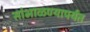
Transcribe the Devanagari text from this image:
सांभाळण्यापर्यंत